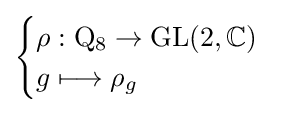
{\begin{cases}\rho :\mathrm {Q} _{8}\to \operatorname {GL} (2,\mathbb {C} )\\g\longmapsto \rho _{g}\end{cases}}